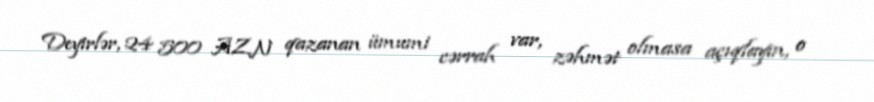
Deyirlər, 24 500 AZN qazanan ümumi cərrah var, zəhmət olmasa açıqlayın, o